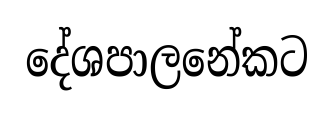
දේශපාලනේකට